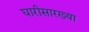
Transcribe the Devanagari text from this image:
घारीसारख्या